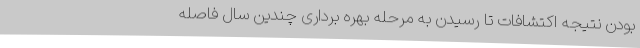
بودن نتیجه اکتشافات تا رسیدن به مرحله بهره برداری چندین سال فاصله